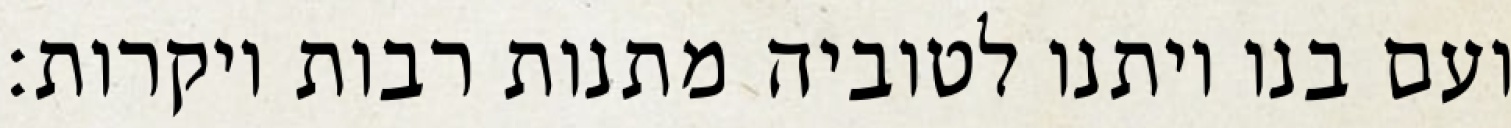
ועם בנו ויתנו לטוביה מתנות רבות ויקרות: